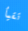
تقيأ